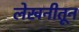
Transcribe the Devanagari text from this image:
लेखनीतून